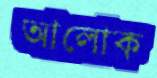
আলোক